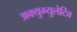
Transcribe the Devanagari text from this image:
अक्युम्युलेटिव